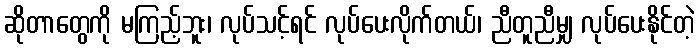
ဆိုတာတွေကို မကြည့်ဘူး၊ လုပ်သင့်ရင် လုပ်ပေးလိုက်တယ်၊ ညီတူညီမျှ လုပ်ပေးနိုင်တဲ့